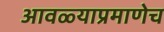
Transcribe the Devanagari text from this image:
आवळ्याप्रमाणेच